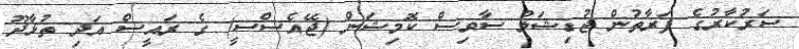
ސަރުކާރުގެ ފަރާތުން ޖުޑިޝަލް ސާވިސް ކޮމިޝަން (ޖޭއެސްސީ) ގެ ރައީސް އަދި ތުޅާދޫ